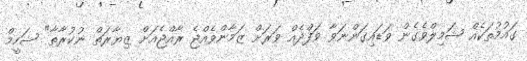
ގައުމުތަކެއް ޝަމިލްވެގެން ވަޑައިގަންނަވާ ވަފްދެއް ވަރަށް ޒަމާންވެއްޖެ ރާއްޖެއަށް ޒިޔާރަތް ނުކުރާތާ" ޝަހީމް